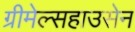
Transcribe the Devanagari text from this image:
ग्रीमेल्सहाउसेन